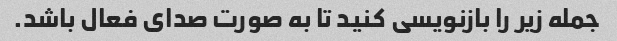
جمله زیر را بازنویسی کنید تا به صورت صدای فعال باشد.